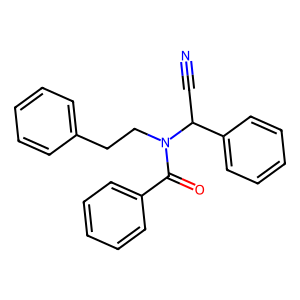
SMILES: N#CC(c1ccccc1)N(CCc1ccccc1)C(=O)c1ccccc1
Inhibits HIV replication: No